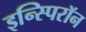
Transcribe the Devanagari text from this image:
इन्स्पिरॉन